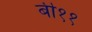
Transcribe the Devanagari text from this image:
बी११